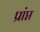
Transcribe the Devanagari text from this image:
प्रांप्त